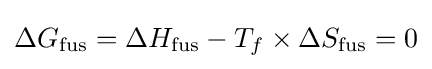
\Delta G_{\text{fus}}=\Delta H_{\text{fus}}-T_{f}\times \Delta S_{\text{fus}}=0